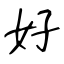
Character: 好